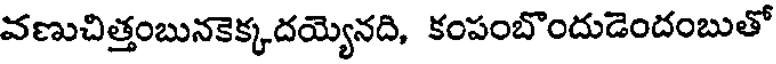
వణుచిత్తంబునకెక్కదయ్యెనది, కంపంబొందుడెందంబుతో